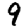
Digit: 9